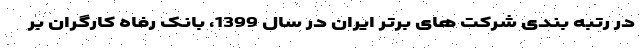
در رتبه بندی شرکت های برتر ایران در سال 1399، بانک رفاه کارگران بر